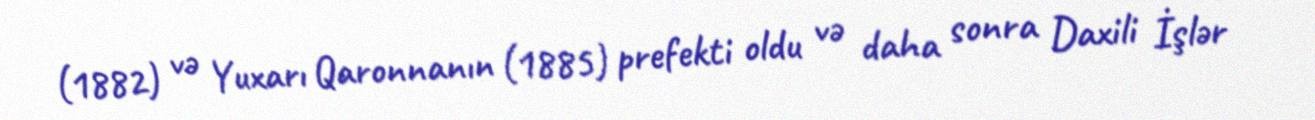
(1882) və Yuxarı Qaronnanın (1885) prefekti oldu və daha sonra Daxili İşlər